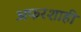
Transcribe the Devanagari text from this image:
अफरशाही